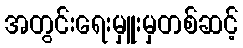
အတွင်းရေးမှူးမှတစ်ဆင့်